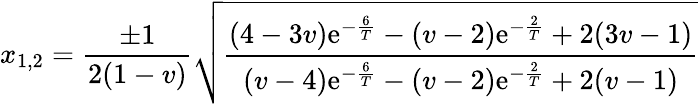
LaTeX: x_{1,2}=\frac{\pm 1}{2(1-v)}\sqrt{\frac{(4-3v)\mathrm{e}^{-\frac{6}{T}}-(v-2)\mathrm{e}^{-\frac{2}{T}}+2(3v-1)}{(v-4)\mathrm{e}^{-\frac{6}{T}}-(v-2)\mathrm{e}^{-\frac{2}{T}}+2(v-1)}}